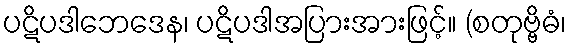
ပဋိပဒါဘေဒေန၊ ပဋိပဒါအပြားအားဖြင့်။ (စတုဗ္ဗိဓံ၊